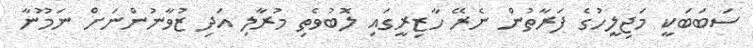
ސަބަބަކީ މަޖިލީހުގެ ފަރާތުން ނެރޭ ހާޒިރީގައި ލޮބުވެތި މުރާލި އަދި ޒުވާނުންނަށް ނަމޫނާ